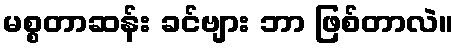
မစ္စတာဆန်း ခင်ဗျား ဘာ ဖြစ်တာလဲ။